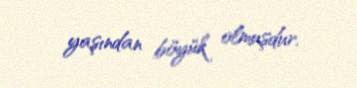
yaşından böyük olmuşdur.